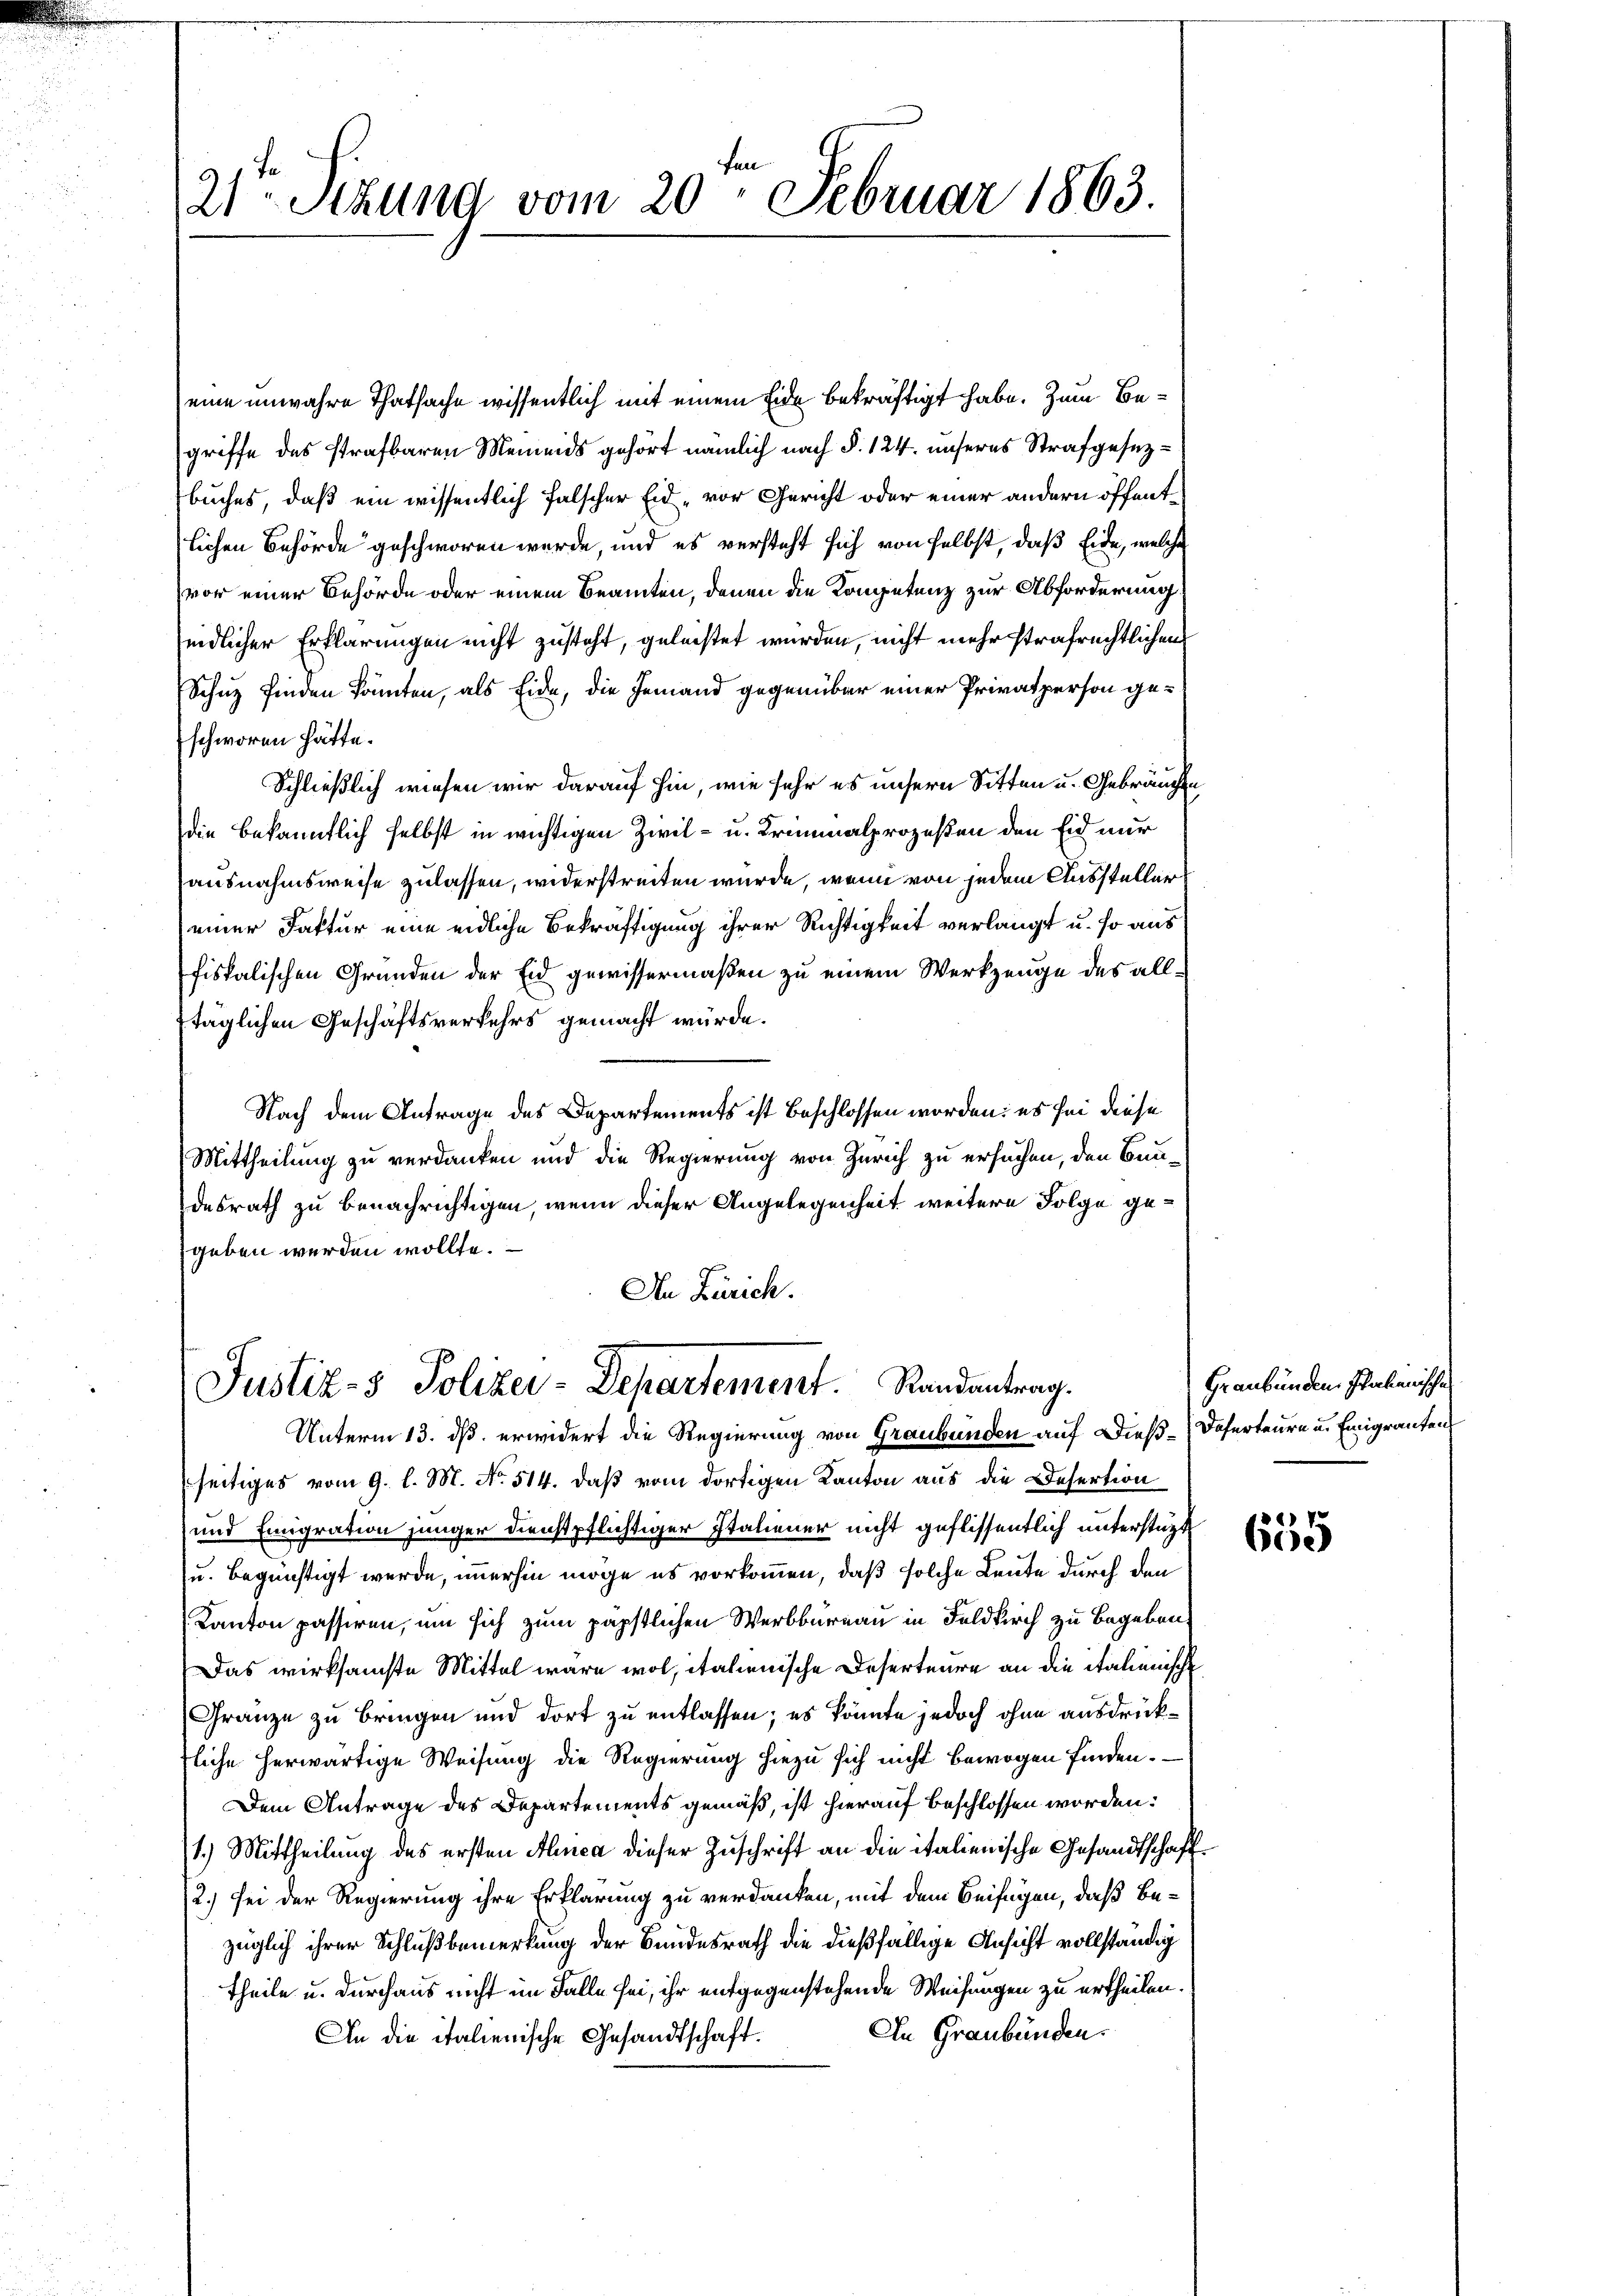
21ten Sitzung vom 20. Februar 1863.

eine unwahre Thatsache wissentlich mit einem Eide bekräftigt habe. Zum Begriffe des strafbaren Meinends gehört nämlich nach §. 124. unseres Strafgesezbuches, daß ein wissentlich falscher Eid, vor Gericht oder einer andern öffentlichen Behörde geschworen werde, und es versteht sich von selbst, daß Eide, welche
vor einer Behörde oder einem Beamten, denen die Kompetenz zur Abforderung
eidlicher Erklärungen nicht zusteht, geleistet wurden, nicht mehr strafrechtlichens
Schuz finden könnten, als Eide, die Jemand gegenüber einer Privatperson geschworen hätte.
Schließlich wiesen wir darauf hin, wie sehr es unsern Sitten u. Gebräuchen
die bekanntlich selbst in wichtigen Zivil- u. Triminalprozeßen den Eid nur
ausnahmsweise zulassen, widerstreiten wurde, wenn von jedem Aussteller
einer Faktur eine eidliche Bekräftigung ihrer Richtigkeit verlangt u. so aus
fiskalischen Gründen der Eid gewissermaßen zu einem Werkzeuge des alltäglichen Geschäftsverkehrs gemacht würde.
Nach dem Antrage des Departements ist beschlossen worden: es sei diese
Mittheilung zu verdanken und die Regierung von Zürich zu ersuchen, den Bundesrath zu benachrichtigen, wenn dieser Angelegenheit weitere Folge gegeben werden wollte.
An Zürich.

Justiz- & Polizei-Departement. Randantrag.

Unterm 13. dß erwidert die Regierung von Graubünden auf Dieß-Daserteure u. Emigranten,
seitiges vom 9. l. M. No. 514. daß vom dortigen Kanton aus die Desertion
und Emigration jünger dienstpflichtiger Italiener nicht geflissentlich unterstüzt
u. begünstigt werde, immerhin möge es vorkommen, daß solche Leute durch den
Kanton passiren, um sich zum päpstlichen Werbburnau in Feldkirch zu Begeben
Das wirksamste Mittel wäre wol, italienische Deserteure an die italienische
Gränze zu bringen und dort zu entlassen; es könnte jedoch ohne ausdrückliche herwärtige Weisung die Regierung hiezu sich nicht bewogen finden.
Dem Antrage des Departements gemäß, ist hierauf beschlossen worden:
1.) Mittheilung des ersten Alinea dieser Zuschrift an die italienische Gesandtschaft¬
(2.) sei der Regierung ihre Erklärung zu verdanken, mit dem Beifügen, daß Bezüglich ihrer Schlußbemerkung der Bundesrath die dießfällige Ansicht vollständig
Theile u. durchaus nicht im Falle sei, ihr entgegenstehende Weisungen zu ertheilen.
An Graubünden.
An die italienische Gesandtschaft.

Graubünden Shakenischen

426) V
e